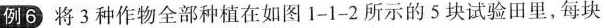
例6 将3种作物全部种植在如图1-1-2所示的5块试验田里，每块